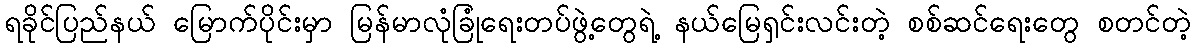
ရခိုင်ပြည်နယ် မြောက်ပိုင်းမှာ မြန်မာလုံခြုံရေးတပ်ဖွဲ့တွေရဲ့ နယ်မြေရှင်းလင်းတဲ့ စစ်ဆင်ရေးတွေ စတင်တဲ့